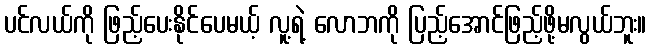
ပင်လယ်ကို ဖြည့်ပေးနိုင်ပေမယ့် လူ့ရဲ့ လောဘကို ပြည့်အောင်ဖြည့်ဖို့မလွယ်ဘူး။